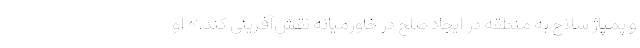
و پمپاژ سلاح به منطقه در ایجاد صلح در خاورمیانه نقش‌آفرینی کند.» او